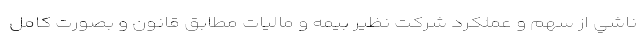
ناشي از سهم و عملكرد شركت نظير بيمه و ماليات مطابق قانون و بصورت كامل